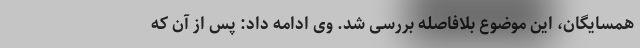
همسایگان، این موضوع بلافاصله بررسی شد. وی ادامه داد: پس از آن که